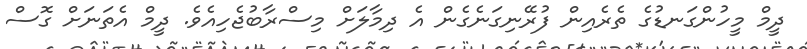
ދީމް މީހުންގަނޑުގެ ތެރެއިން ފުރޭނިގަނެގެން އެ ދިމާލަށް މިސްރާބުޖެހިއެވެ. ދީމް އެތަނަށް ގޮސް